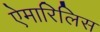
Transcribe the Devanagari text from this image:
ऐमारिलिस